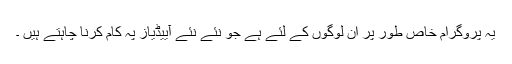
یہ پروگرام خاص طور پر ان لوگوں کے لئے ہے جو نئے نئے آییڈیاز پہ کام کرنا چاہتے ہیں ۔